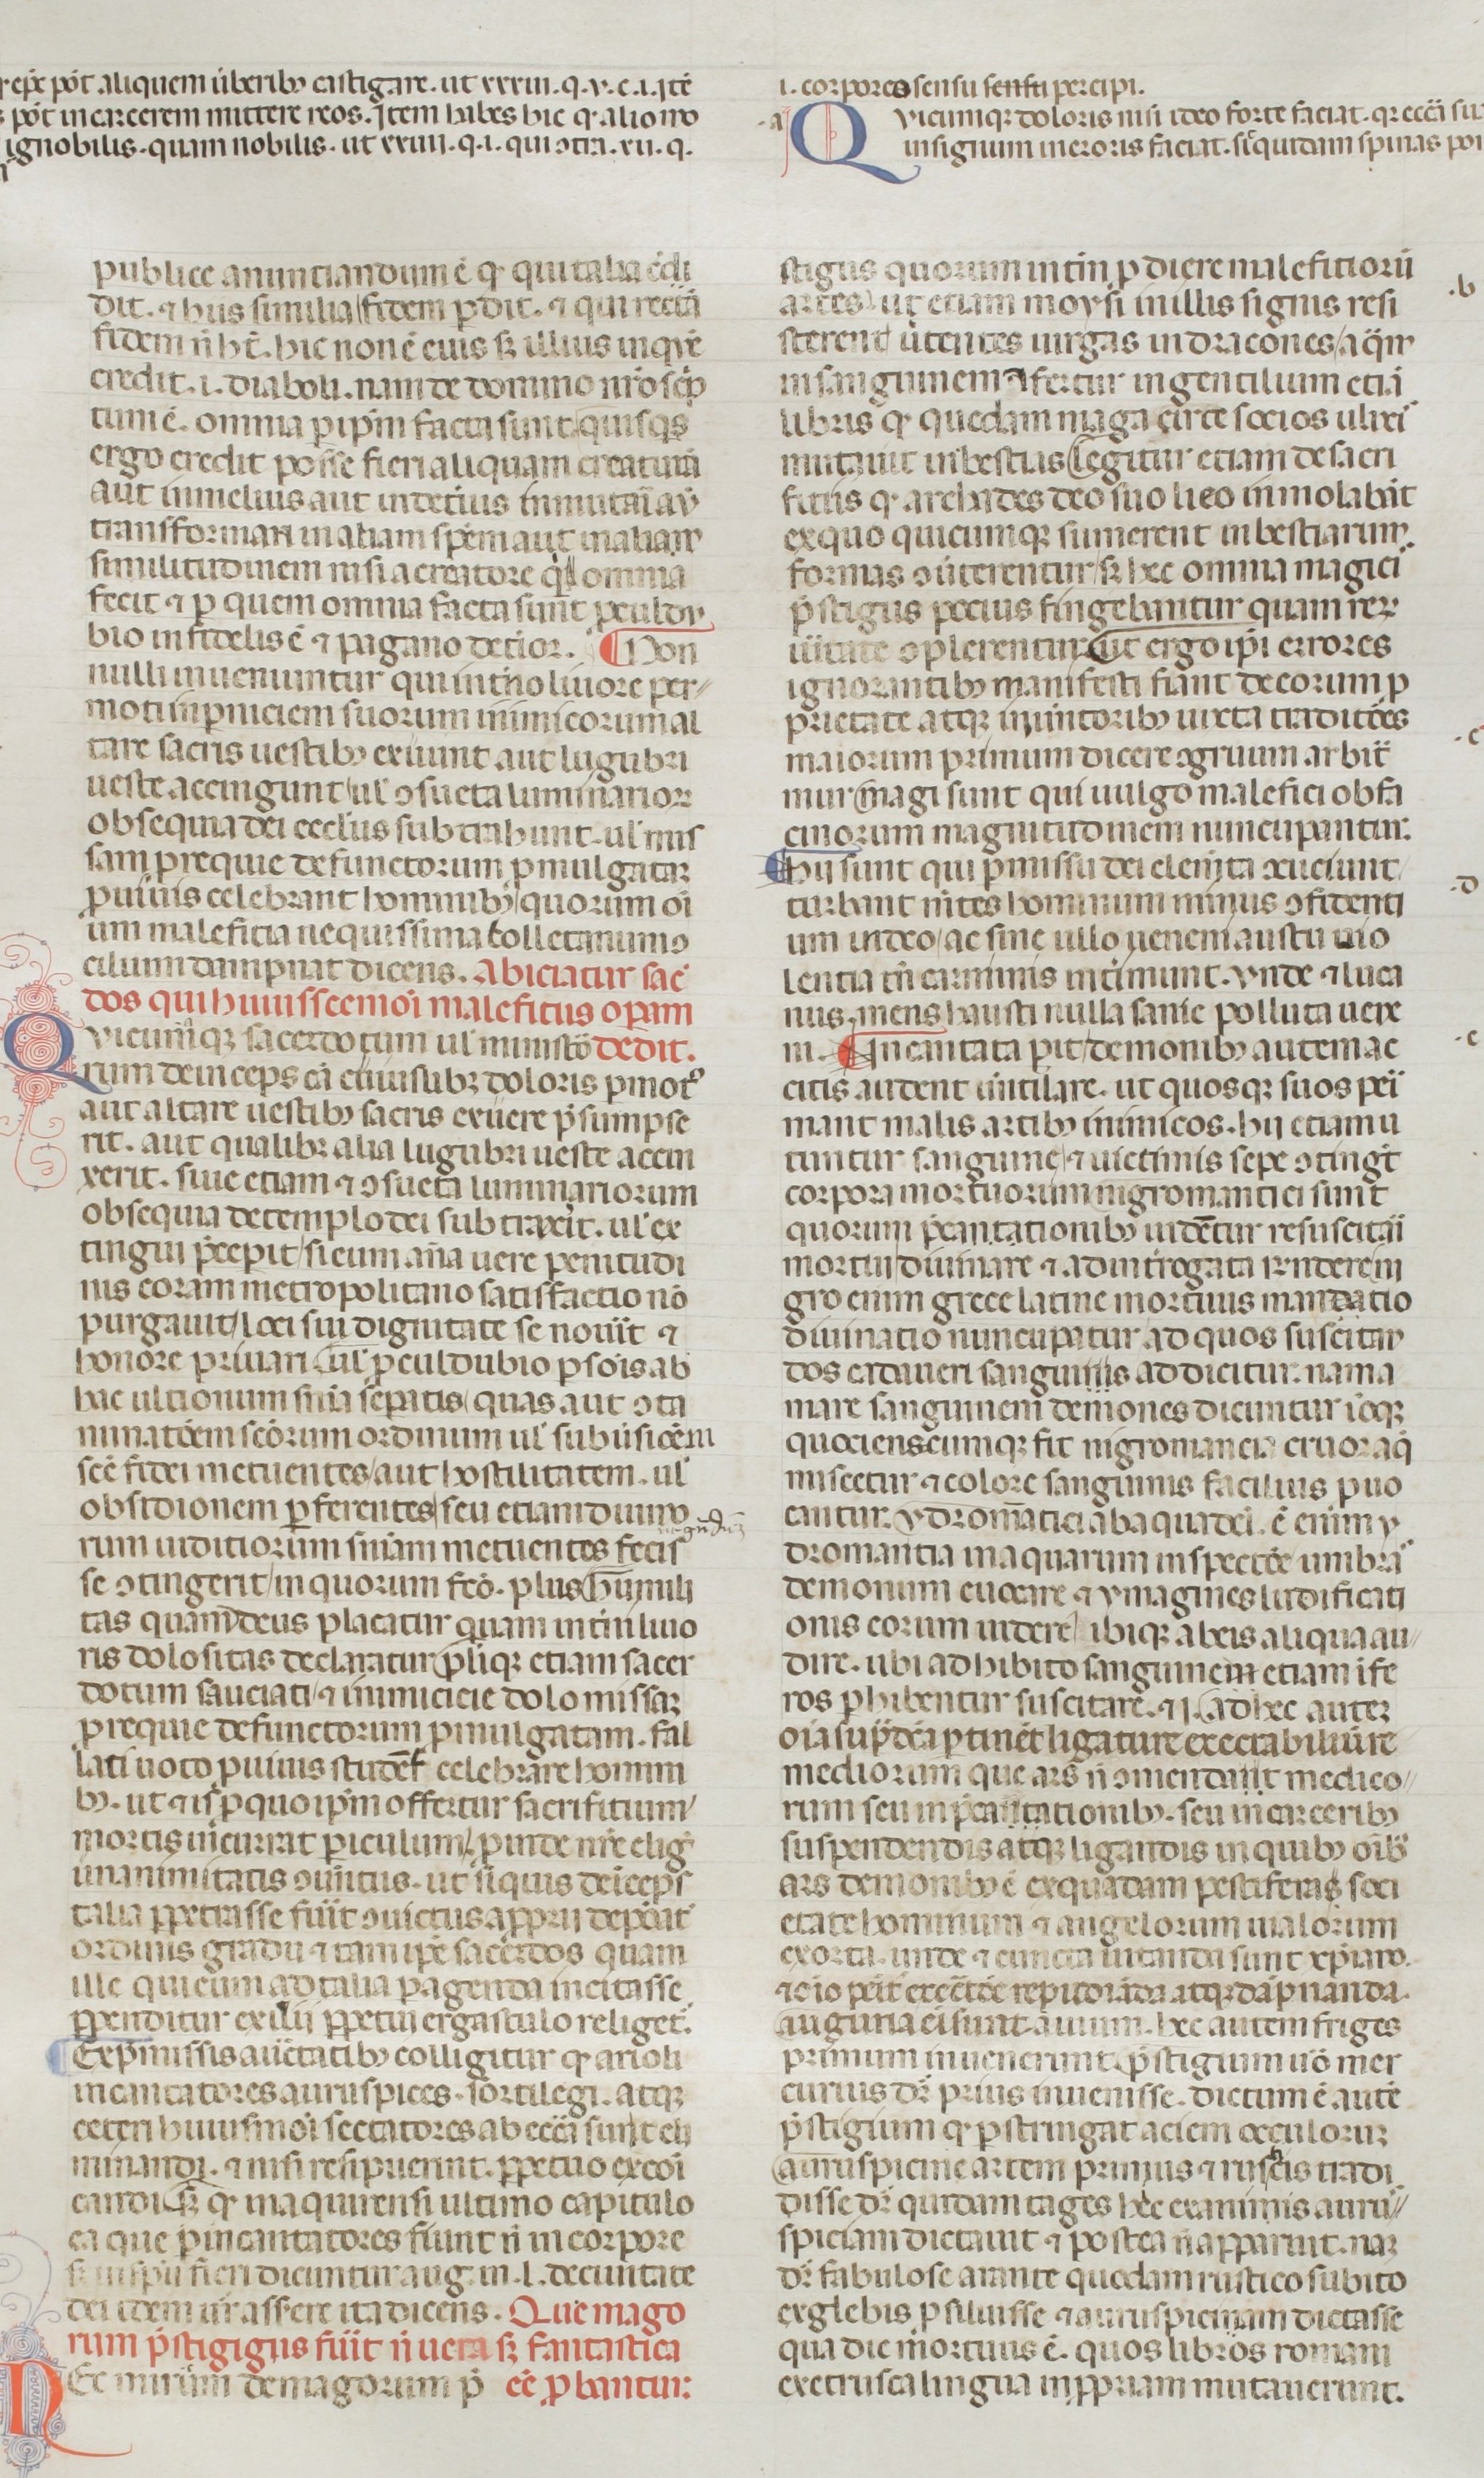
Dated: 1200–1399